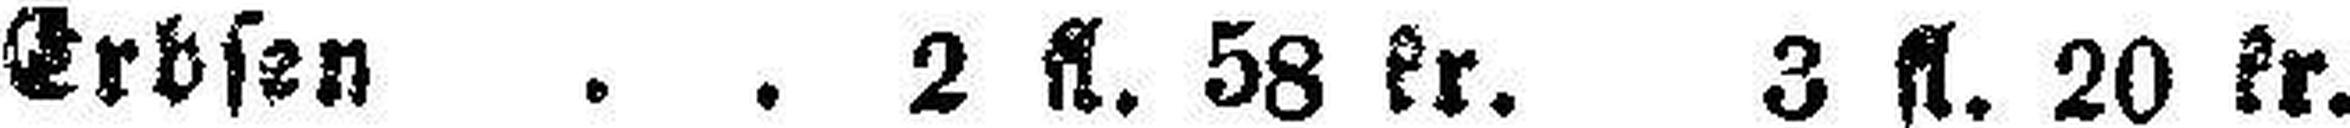
Erbsen . . 2 fl. 58 kr. 3 fl. 20 kr.